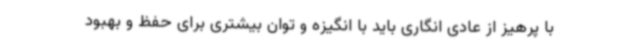
با پرهیز از عادی انگاری باید با انگیزه و توان بیشتری برای حفظ و بهبود